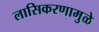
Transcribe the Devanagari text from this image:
लासिकरणामुळे